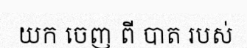
យក ចេញ ពី បាត របស់